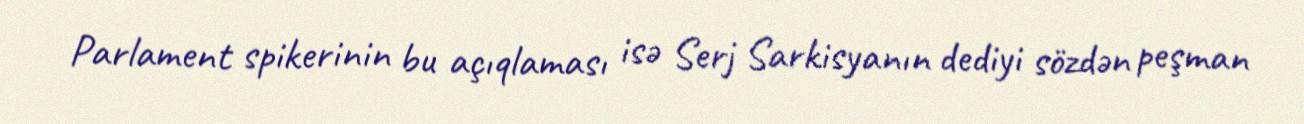
Parlament spikerinin bu açıqlaması isə Serj Sarkisyanın dediyi sözdən peşman